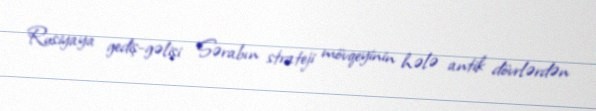
Rusiyaya gediş-gəlişi Sərabın strateji mövqeyinin hələ antik dövrlərdən